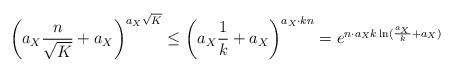
LaTeX: \begin{align*} \left ( a_X \frac{n}{\sqrt K} + a_X \right)^{a_X \sqrt K} \leq \left ( a_X \frac 1 k+ a_X \right)^{a_X \cdot kn} = e^{n \cdot a_X k\ln(\frac{a_X}{k} + a_X)}\end{align*}